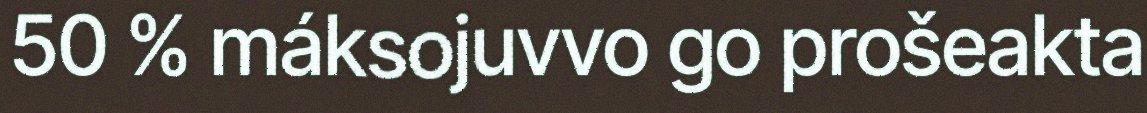
50 % máksojuvvo go prošeakta